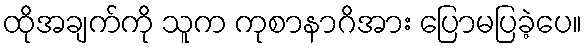
ထိုအချက်ကို သူက ကုစာနာဂိအား ပြောမပြခဲ့ပေ။